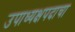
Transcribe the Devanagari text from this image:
उपाध्यक्षपदाचा